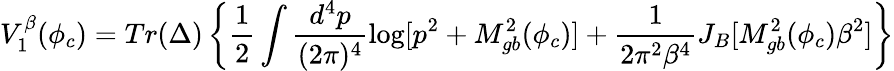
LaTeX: V_{1}^{\beta}(\phi_{c})=Tr(\Delta)\left\{ \frac{1}{2}\int\frac{d^{4}p}{(2\pi)^{4}}\log[p^{2}+M_{gb}^{2}(\phi_{c})]+\frac{1}{2\pi^{2}\beta^{4}}J_{B}[M_{gb}^{2}(\phi_{c})\beta^{2}]\right\}